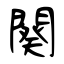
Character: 闋